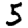
Digit: 5